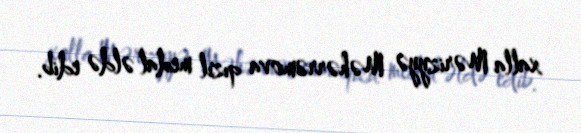
xalla Mərizyyə Məhərrəmova qızıl medal əldə edib.